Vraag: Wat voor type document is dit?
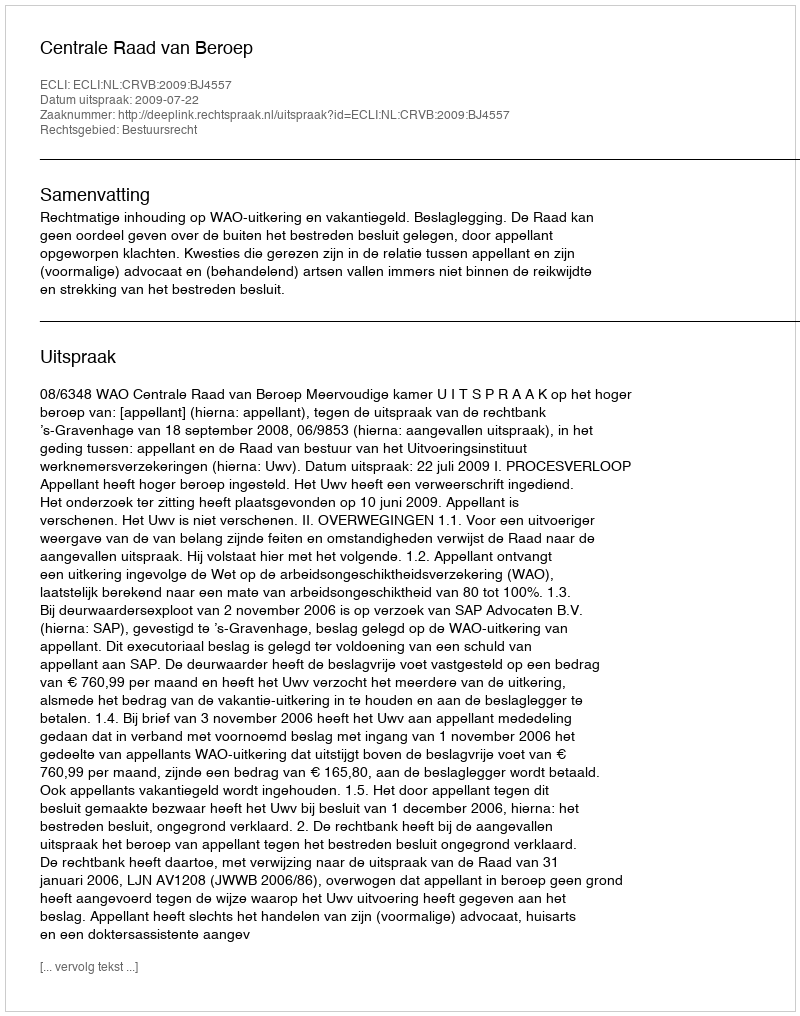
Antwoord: Uitspraak